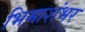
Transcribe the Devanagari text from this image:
भिमाशंभर